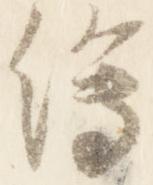
絵